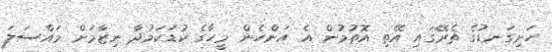
ހަށިގަނޑުގެ ތެރޭގައި އޭތި އޮތުމުން އެ އަންހެން މީހާގެ ކުޑަކަމުދާ ނިޒާމަށް މައްސަލަ